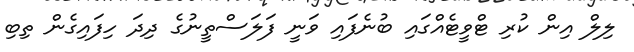
ލިލް އިން ކުރި ޓްވީޓެއްގައި ބުނެފައި ވަނީ ފަލަސްތީނުގެ ދިދަ ހިފައިގެން ތިބި